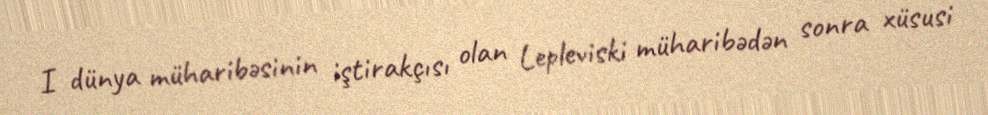
I dünya müharibəsinin iştirakçısı olan Lepleviski müharibədən sonra xüsusi